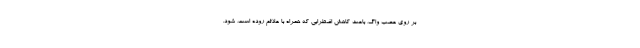
بر روی عصب واگ، باعث کاهش اضطرابی که همراه با علائم روده است، شود.